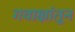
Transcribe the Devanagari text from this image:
गवाक्षांतून